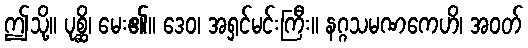
ဤသို့။ ပုစ္ဆိ၊ မေး၏။ ဒေဝ၊ အရှင်မင်းကြီး။ နဂ္ဂသမဏကေဟိ၊ အဝတ်